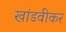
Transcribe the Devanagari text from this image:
खांडवीकर